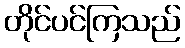
တိုင်ပင်ကြသည်